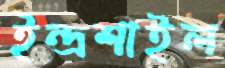
ইন্দ্রশাইল